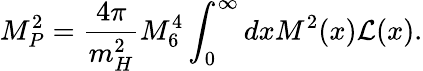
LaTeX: M_{P}^{2}=\frac{4\pi}{m_{H}^{2}}M_{6}^{4}\int_{0}^{\infty}dxM^{2}(x){\cal L}(x).